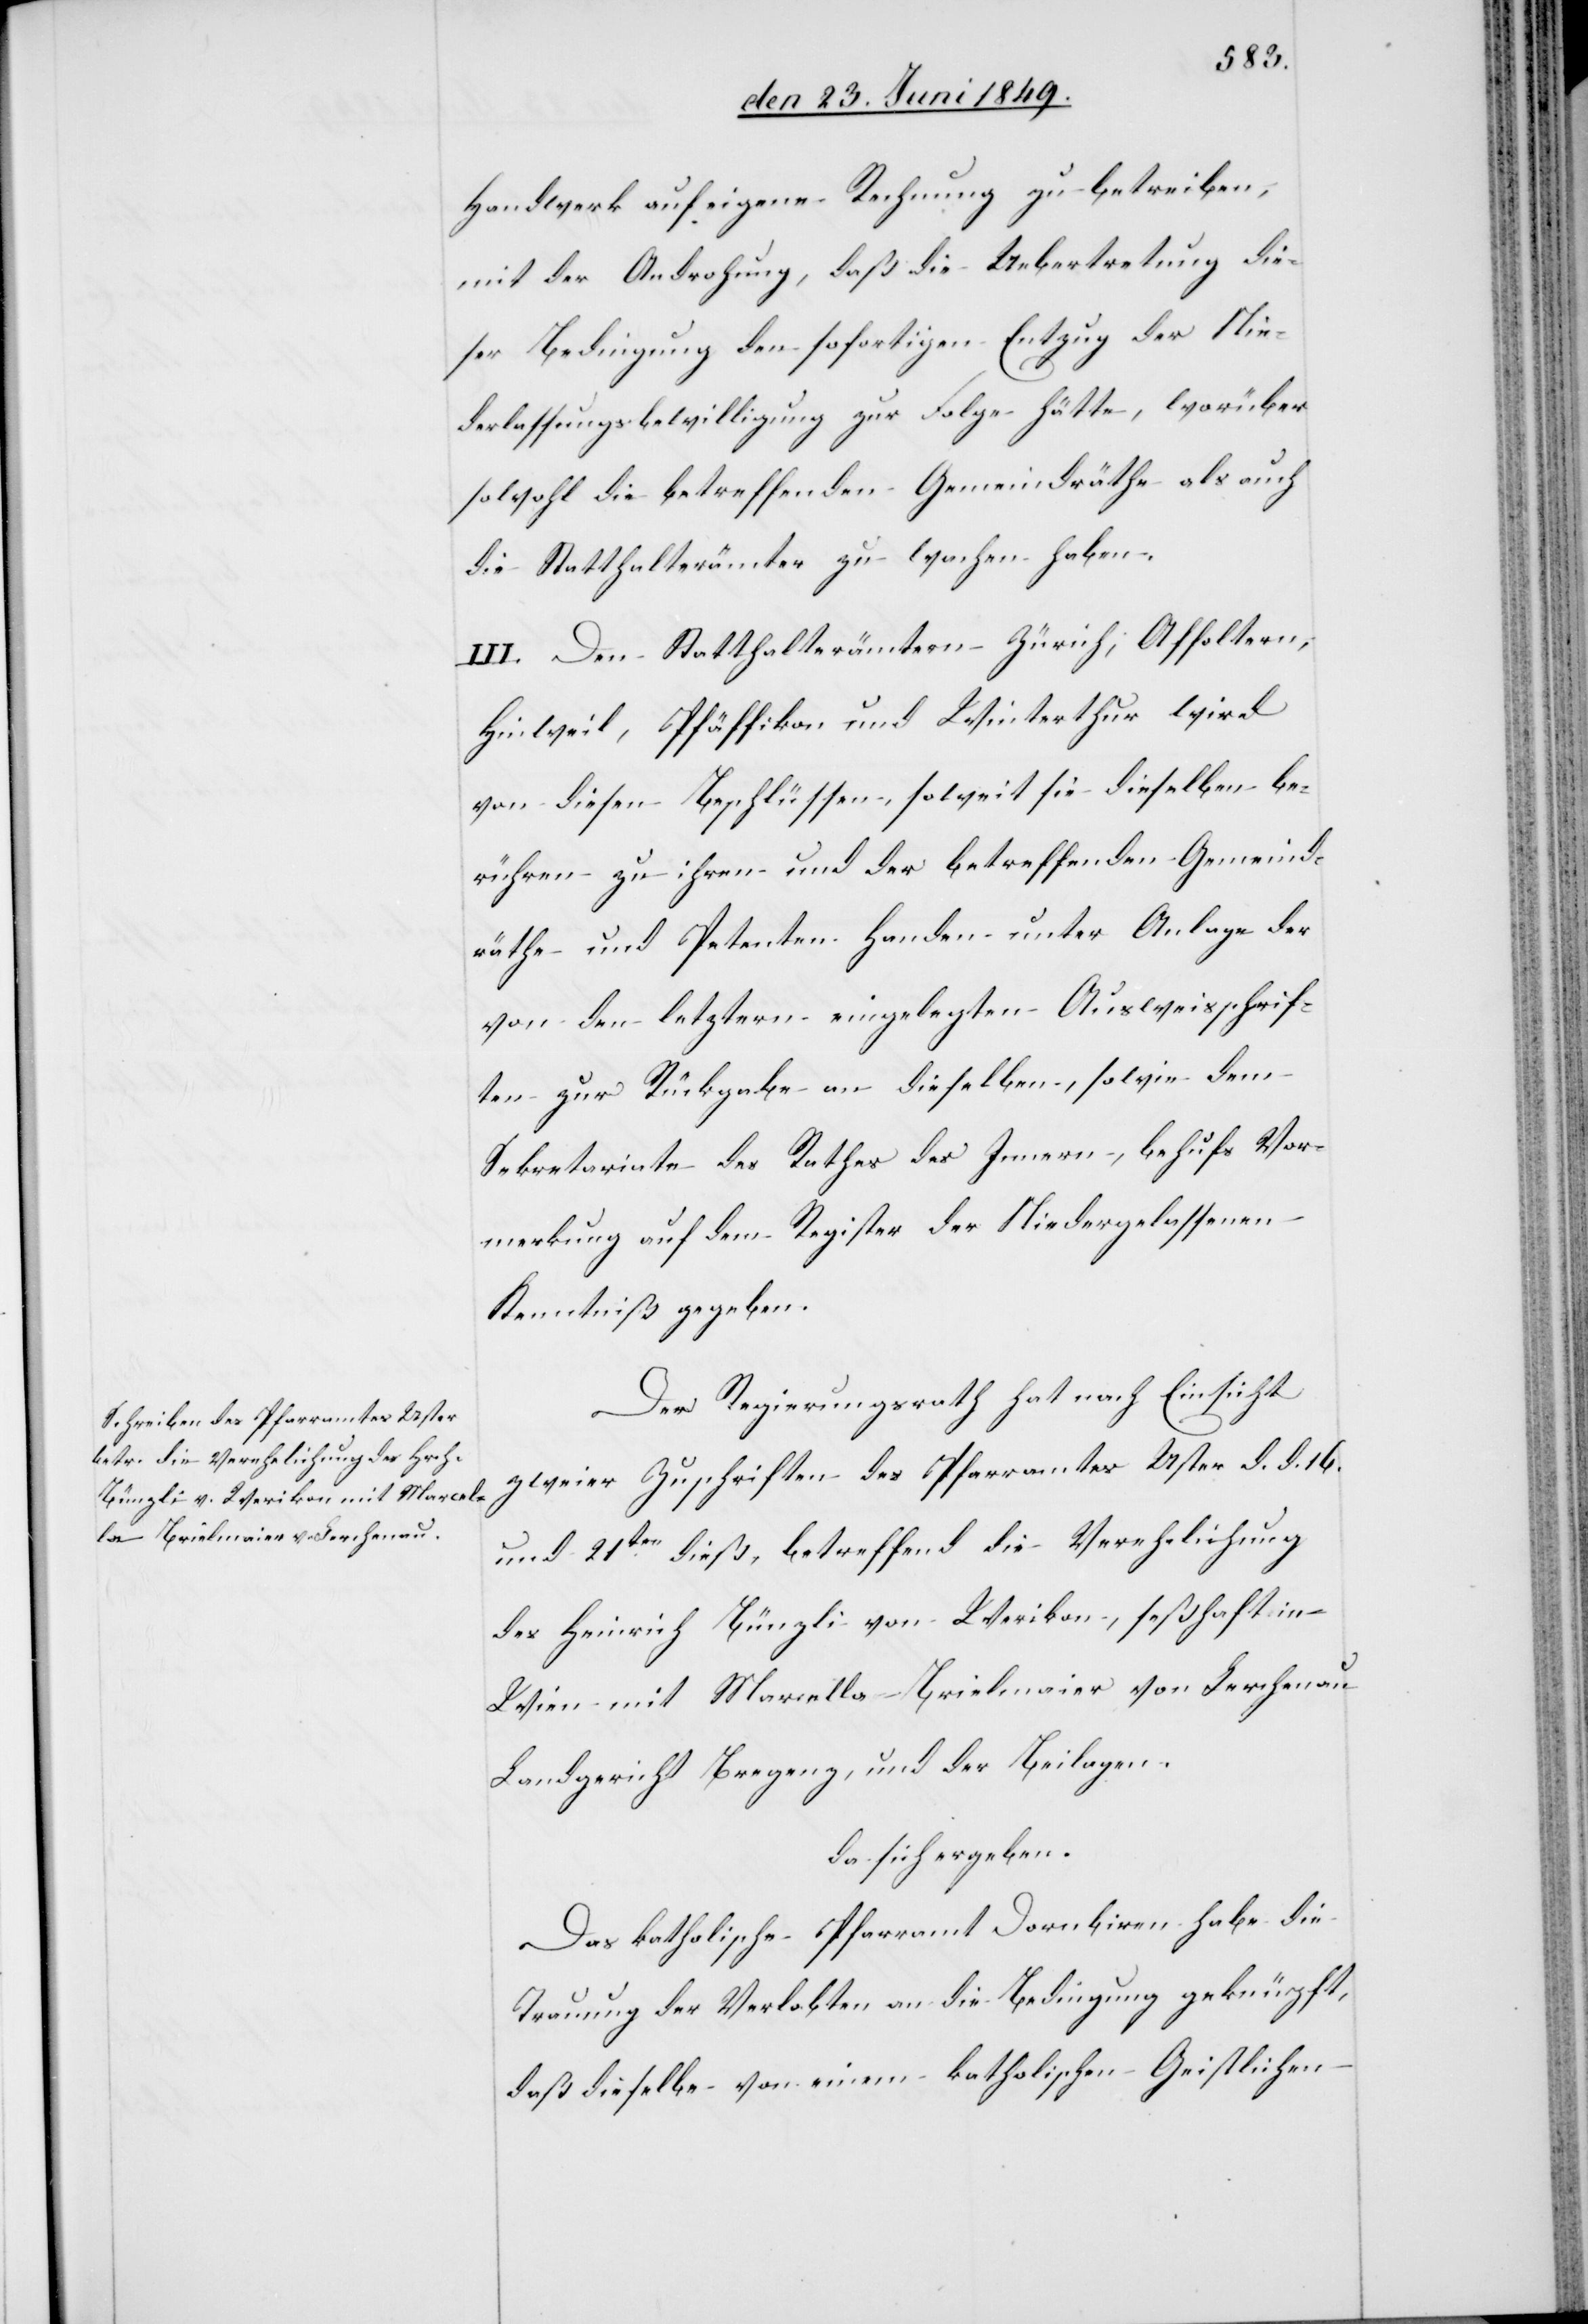
Handwerk auf eigene Rechnung zu betreiben,
mit der Androhung, daß die Uebertretung die¬
ser Bedingung den sofortigen Entzug der Nie¬
derlassungsbewilligung zur Folge hätte, worüber
sowohl die betreffenden Gemeindräthe als auch
die Statthalterämter zu wachen haben.
III. Den Statthalterämtern Zürich, Affoltern,
Hinweil, Pfäffikon und Winterthur wird
von diesen Beschlüssen, soweit sie dieselben be¬
rühren zu ihren und der betreffenden Gemeind¬
räthe und Petenten Handen unter Anlage der
von den letztern eingelegten Ausweisschrif¬
ten zur Rückgabe an dieselben, sowie dem
Sekretariate des Rathes des Innern, behufs Vor¬
merkung auf dem Register der Niedergelassenen
Kenntniß gegeben.
Der Regierungsrath hat nach Einsicht
zweier Zuschriften des Pfarramtes Uster d. d. 16.
und 21ten dieß, betreffend die Verehlichung
des Heinrich Bünzli von Werikon, seßhaft in
Wien mit Marcella Brielmaier von Lerchenau
Landgericht Bregenz, und der Beilagen.
da sich ergeben:
Das katholische Pfarramt Dornbiren habe die
Trauung der Verlobten an die Bedingung geknüpft,
daß dieselbe von einem katholischen Geistlichen